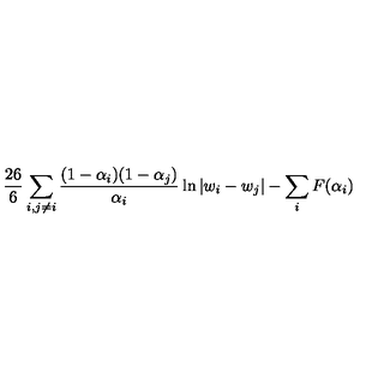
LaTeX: \frac { 2 6 } { 6 } \sum _ { i , j \neq i } \frac { ( 1 - \alpha _ { i } ) ( 1 - \alpha _ { j } ) } { \alpha _ { i } } \ln | w _ { i } - w _ { j } | - \sum _ { i } F ( \alpha _ { i } )